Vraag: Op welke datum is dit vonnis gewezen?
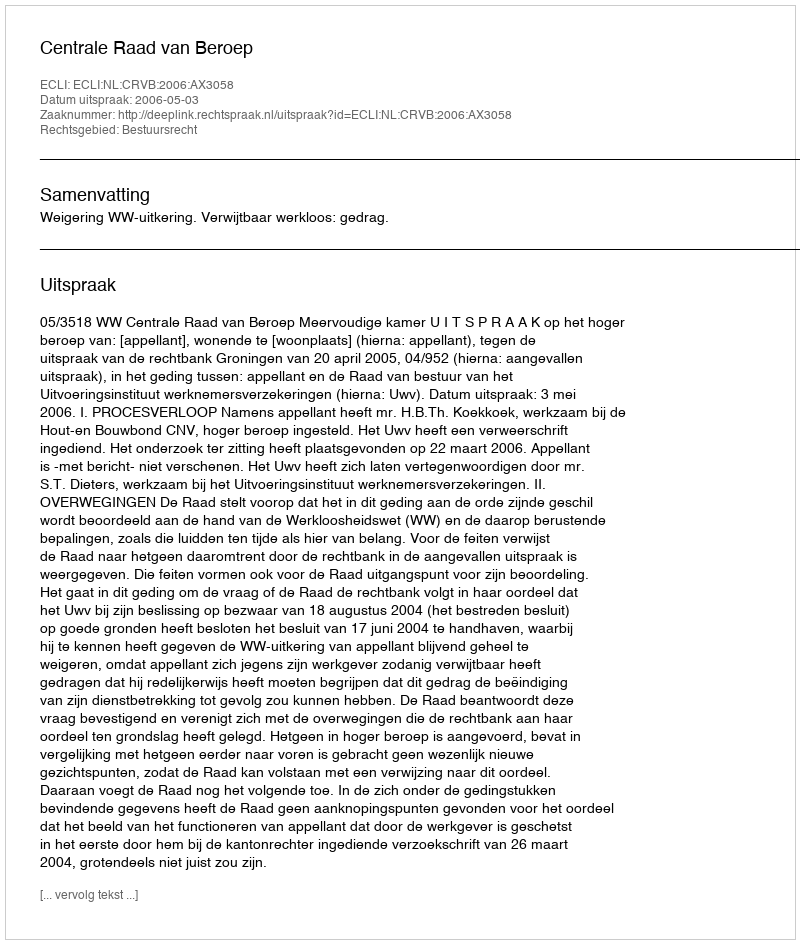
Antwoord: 2006-05-03